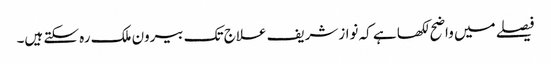
فیصلے میں واضح لکھا ہے کہ نوازشریف علاج تک بیرون ملک رہ سکتے ہیں۔